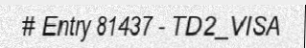
# Entry 81437 - TD2_VISA